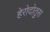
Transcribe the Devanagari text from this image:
हेरोदोतुस